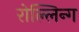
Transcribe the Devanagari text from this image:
रोल्लिन्ग